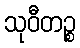
သုဝီတဉ္စ